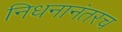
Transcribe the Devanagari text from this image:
निधनानंतरच